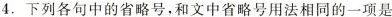
4.下列各句中的省略号，和文中省略号用法相同的一项是